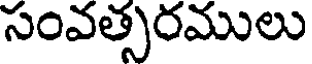
సంవత్సరములు